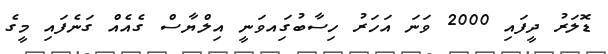
ޑޮލަރު ދީފައި 2000 ވަނަ އަހަރު ހިސާބުގަިއވަނީ އިލްޔާސް ގެއެއް ގަނެފައި މީގެ